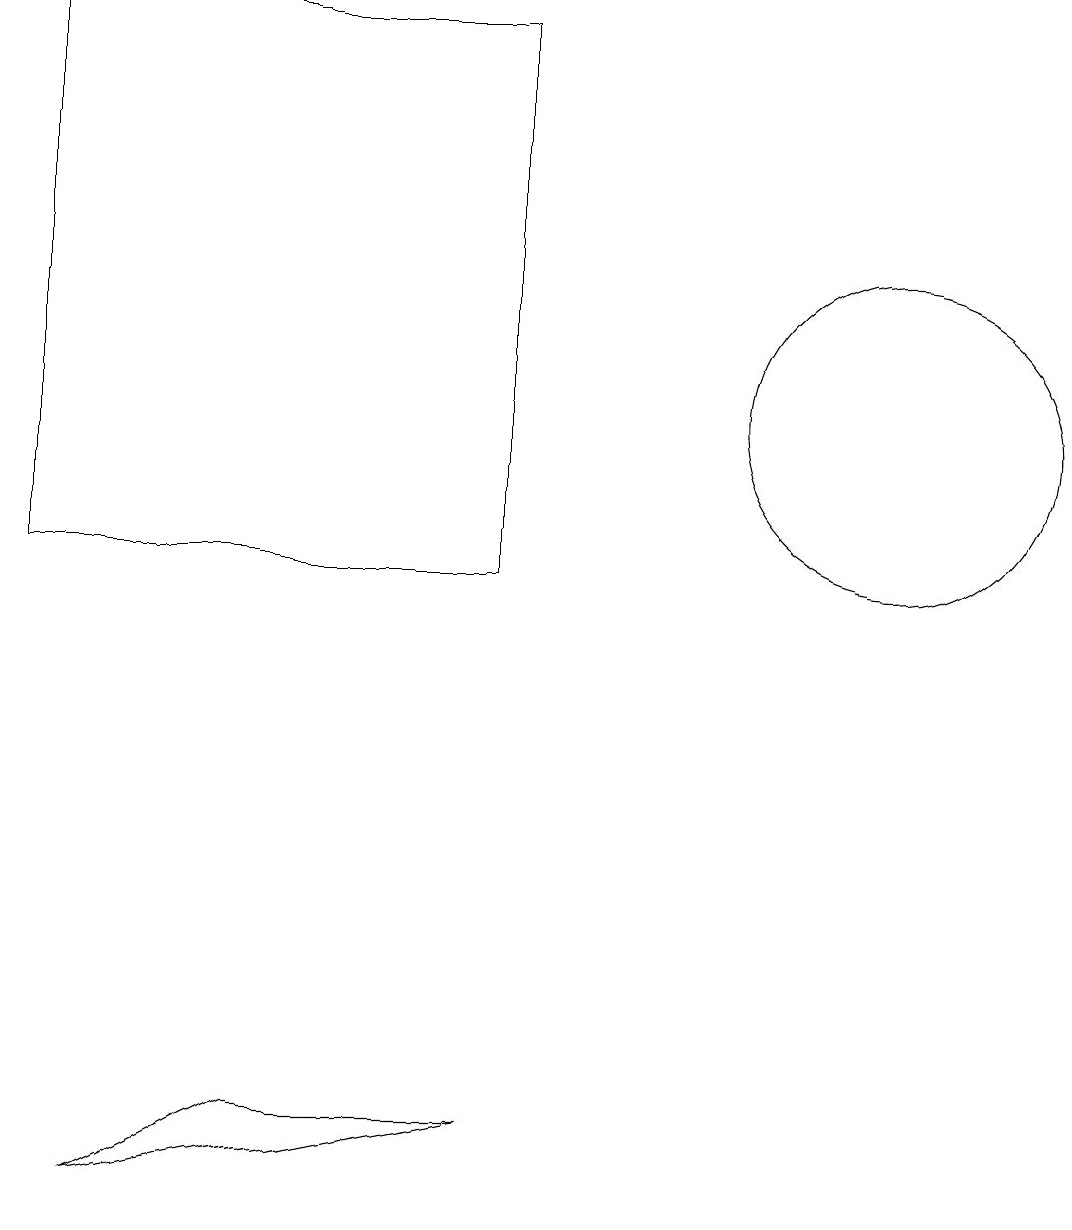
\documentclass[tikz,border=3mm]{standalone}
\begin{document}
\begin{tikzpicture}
\draw (0,17) rectangle (6,10);
\draw (11,12) circle (2);
\draw (3,3) -- (6,3) -- (1,2) -- cycle;
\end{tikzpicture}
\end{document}